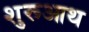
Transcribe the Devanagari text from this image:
शुरूआथ